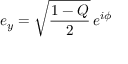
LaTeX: e _ { y } = { \sqrt { \frac { 1 - Q } { 2 } } } \, e ^ { i \phi }